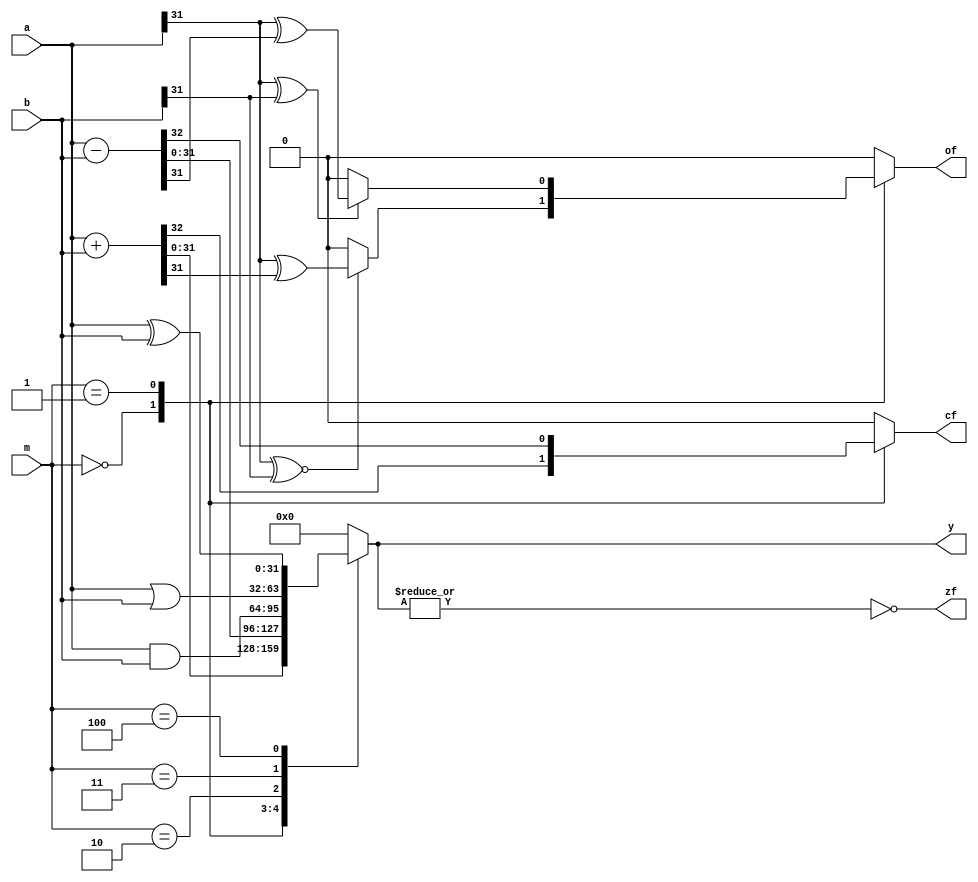
`timescale 1ns / 1ps

module ALU
    #(parameter WIDTH = 32) 	//
    (output reg [WIDTH-1:0] y, 		//
     output reg zf, 				//?
     output reg cf, 				///
     output reg of, 				//
     input [WIDTH-1:0] a, b,	//
     input [2:0] m				//
    );
    parameter ADD = 3'h0;
    parameter SUB = 3'h1;
    parameter AND = 3'h2;
    parameter OR = 3'h3;
    parameter XOR = 3'h4;
    always @(*) begin
        {cf, zf, of} = 3'b0;
        y = 0;
        case (m)
            ADD: begin
                {cf, y} = a + b;
                of = (a[WIDTH-1] ^~ b[WIDTH-1]) ? (a[WIDTH-1] ^ y[WIDTH-1]) : 0; 
            end
            SUB: begin
                {cf, y} = a - b;
                of = (a[WIDTH-1] ^ b[WIDTH-1]) ? (a[WIDTH-1] ^ y[WIDTH-1]) : 0; 
            end
            AND: y = a & b;
            OR: y = a | b;
            XOR: y = a ^ b;
            default:;
        endcase
        zf = ~|y;
    end
endmodule